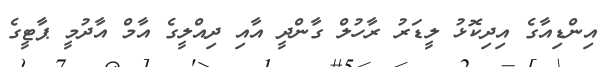
އިންޑިއާގެ އިދިކޮޅު ލީޑަރު ރާހުލް ގާންދީ އާއި ދިއްލީގެ އާމް އާދުމީ ޕާޓީގެ